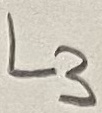
Text: L3